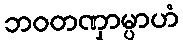
ဘဝတဏှာမ္ပာဟံ